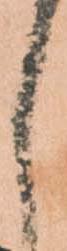
し